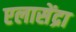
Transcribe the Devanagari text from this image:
एलासेंद्रा